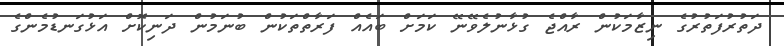
ދަތުރުފަތުރުގެ ނިޒާމަކުން ރާއްޖެ ގުޅާނުލެވޭނޭ ކަމަށް ބައެއް ފަރާތްތަކުން ބުނަމުން ދަނިކޮށް އަޅުގަނޑުމެންގެ